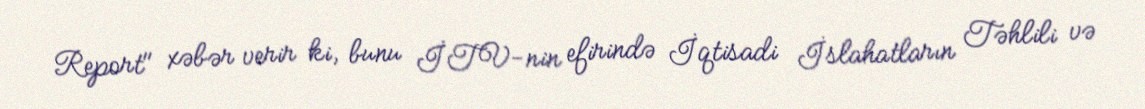
Report" xəbər verir ki, bunu İTV-nin efirində İqtisadi İslahatların Təhlili və